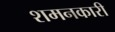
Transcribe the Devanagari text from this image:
शमनकारी